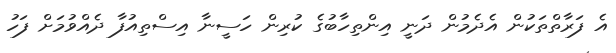
އެ ފަރާތްތަކުން އެދެމުން ދަނީ އިންތިހާބުގެ ކުރިން ހަސީނާ އިސްތިއުފާ ދެއްވުމަށް ފަހު